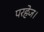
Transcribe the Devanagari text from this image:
परहेज।